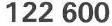
122 600